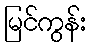
မြင်ကွန်း